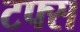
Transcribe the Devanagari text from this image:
टफ्स